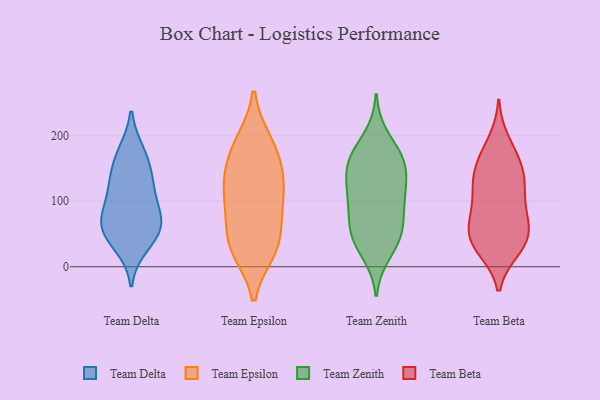
{"axis": {"x": "LTV (USD)", "y": "Value"}, "legend": ["Team Beta", "Team Delta", "Team Epsilon", "Team Zenith"], "data": [{"x": "", "y": 134, "type": "Team Delta"}, {"x": "", "y": 174, "type": "Team Delta"}, {"x": "", "y": 50, "type": "Team Delta"}, {"x": "", "y": 33, "type": "Team Delta"}, {"x": "", "y": 166, "type": "Team Delta"}, {"x": "", "y": 110, "type": "Team Delta"}, {"x": "", "y": 126, "type": "Team Delta"}, {"x": "", "y": 65, "type": "Team Delta"}, {"x": "", "y": 58, "type": "Team Delta"}, {"x": "", "y": 79, "type": "Team Delta"}, {"x": "", "y": 72, "type": "Team Delta"}, {"x": "", "y": 191, "type": "Team Epsilon"}, {"x": "", "y": 97, "type": "Team Epsilon"}, {"x": "", "y": 190, "type": "Team Epsilon"}, {"x": "", "y": 115, "type": "Team Epsilon"}, {"x": "", "y": 46, "type": "Team Epsilon"}, {"x": "", "y": 164, "type": "Team Epsilon"}, {"x": "", "y": 25, "type": "Team Epsilon"}, {"x": "", "y": 29, "type": "Team Epsilon"}, {"x": "", "y": 107, "type": "Team Epsilon"}, {"x": "", "y": 141, "type": "Team Epsilon"}, {"x": "", "y": 74, "type": "Team Epsilon"}, {"x": "", "y": 143, "type": "Team Epsilon"}, {"x": "", "y": 28, "type": "Team Epsilon"}, {"x": "", "y": 160, "type": "Team Zenith"}, {"x": "", "y": 153, "type": "Team Zenith"}, {"x": "", "y": 58, "type": "Team Zenith"}, {"x": "", "y": 54, "type": "Team Zenith"}, {"x": "", "y": 115, "type": "Team Zenith"}, {"x": "", "y": 112, "type": "Team Zenith"}, {"x": "", "y": 20, "type": "Team Zenith"}, {"x": "", "y": 53, "type": "Team Zenith"}, {"x": "", "y": 31, "type": "Team Zenith"}, {"x": "", "y": 143, "type": "Team Zenith"}, {"x": "", "y": 199, "type": "Team Zenith"}, {"x": "", "y": 103, "type": "Team Zenith"}, {"x": "", "y": 52, "type": "Team Zenith"}, {"x": "", "y": 162, "type": "Team Zenith"}, {"x": "", "y": 158, "type": "Team Zenith"}, {"x": "", "y": 89, "type": "Team Zenith"}, {"x": "", "y": 105, "type": "Team Zenith"}, {"x": "", "y": 175, "type": "Team Zenith"}, {"x": "", "y": 117, "type": "Team Beta"}, {"x": "", "y": 35, "type": "Team Beta"}, {"x": "", "y": 57, "type": "Team Beta"}, {"x": "", "y": 45, "type": "Team Beta"}, {"x": "", "y": 125, "type": "Team Beta"}, {"x": "", "y": 61, "type": "Team Beta"}, {"x": "", "y": 99, "type": "Team Beta"}, {"x": "", "y": 26, "type": "Team Beta"}, {"x": "", "y": 61, "type": "Team Beta"}, {"x": "", "y": 115, "type": "Team Beta"}, {"x": "", "y": 137, "type": "Team Beta"}, {"x": "", "y": 164, "type": "Team Beta"}, {"x": "", "y": 193, "type": "Team Beta"}, {"x": "", "y": 175, "type": "Team Beta"}, {"x": "", "y": 148, "type": "Team Beta"}, {"x": "", "y": 76, "type": "Team Beta"}, {"x": "", "y": 149, "type": "Team Beta"}, {"x": "", "y": 29, "type": "Team Beta"}, {"x": "", "y": 78, "type": "Team Beta"}, {"x": "", "y": 28, "type": "Team Beta"}]}